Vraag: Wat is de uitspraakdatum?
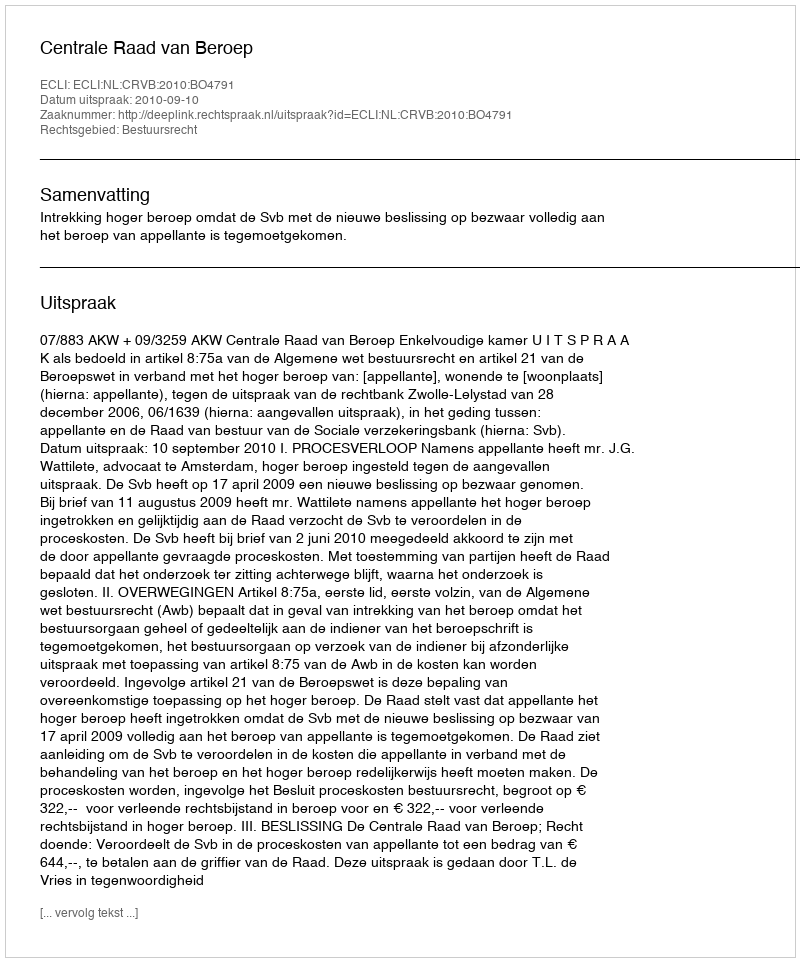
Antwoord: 2010-09-10